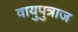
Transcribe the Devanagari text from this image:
वायुपुत्राज